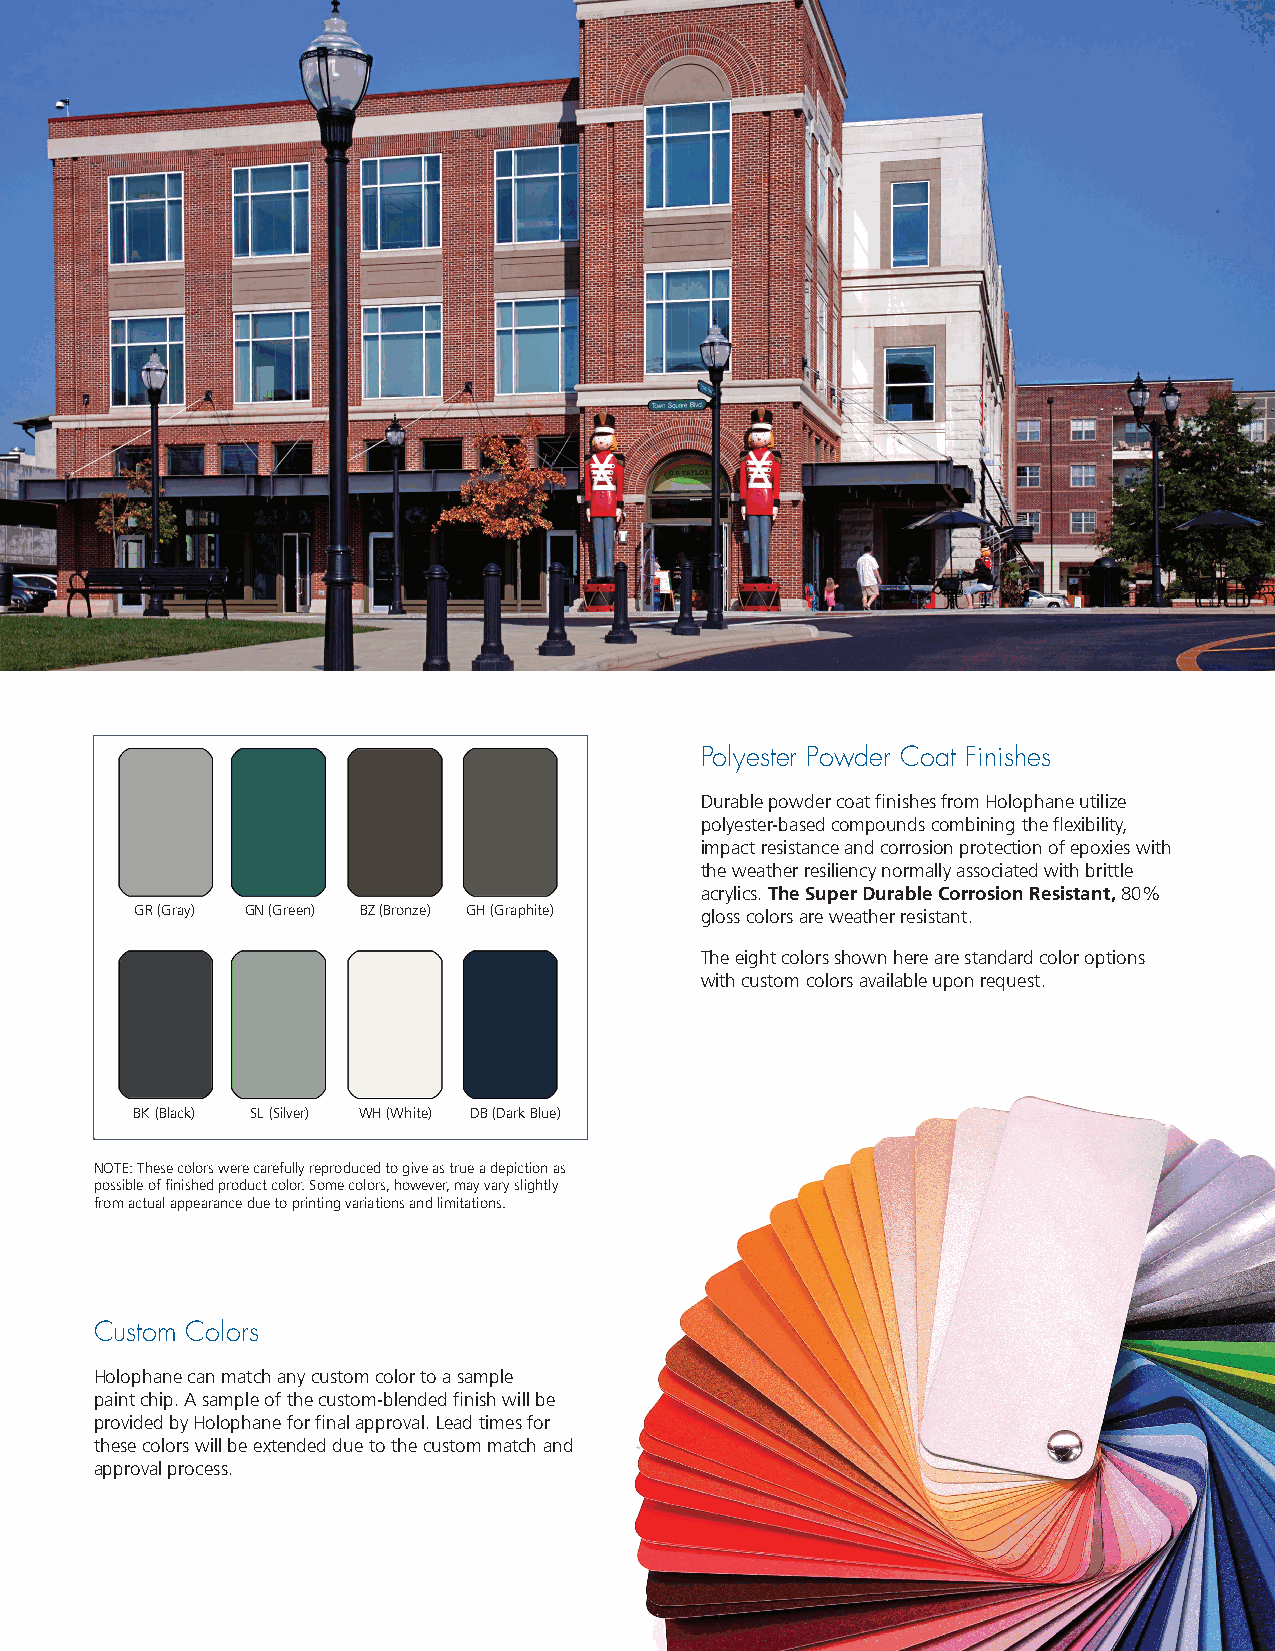
Polyester Powder Coat Finishes
 Durable powder coat finishes from Holophane utilize
 polyester-based compounds combining the flexibility,
 impact resistance and corrosion protection of epoxies with
 the weather resiliency normally associated with brittle
 acrylics. The Super Durable Corrosion Resistant, 80%
 GR (Gray) GN (Green) BZ (Bronze) GH (Graphite) gloss colors are weather resistant.
 The eight colors shown here are standard color options
 with custom colors available upon request.
 Polyester Powder Coat Finishes
 BK (Black) SL (Silver) WH (White) DB (Dark Blue)
 NOTE: These colors were carefully reproduced to give as true a depiction as
 possible of finished product color. Some colors, however, may vary slightly
 from actual appearance due to printing variations and limitations.
 Custom Colors
 Holophane can match any custom color to a sample
 paint chip. A sample of the custom-blended finish will be
 provided by Holophane for final approval. Lead times for
 these colors will be extended due to the custom match and
 approval process.
 Poles, Arms and Accessories Guide: 21